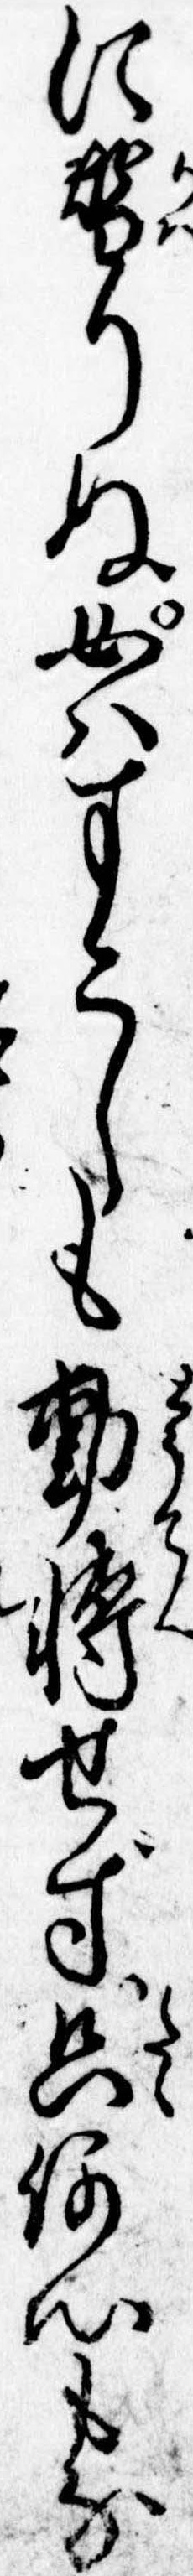
に替りぬ女はすこしも動転せず只何心もな